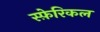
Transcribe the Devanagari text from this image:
स्फ़ेरिकल